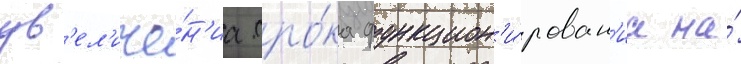
ув'ел'иче́н'иа сро́ка функцион'и́рован'иа на́